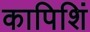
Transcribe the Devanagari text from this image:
कापिशिं